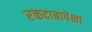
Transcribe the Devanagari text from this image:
रक्तदाबापेक्षा